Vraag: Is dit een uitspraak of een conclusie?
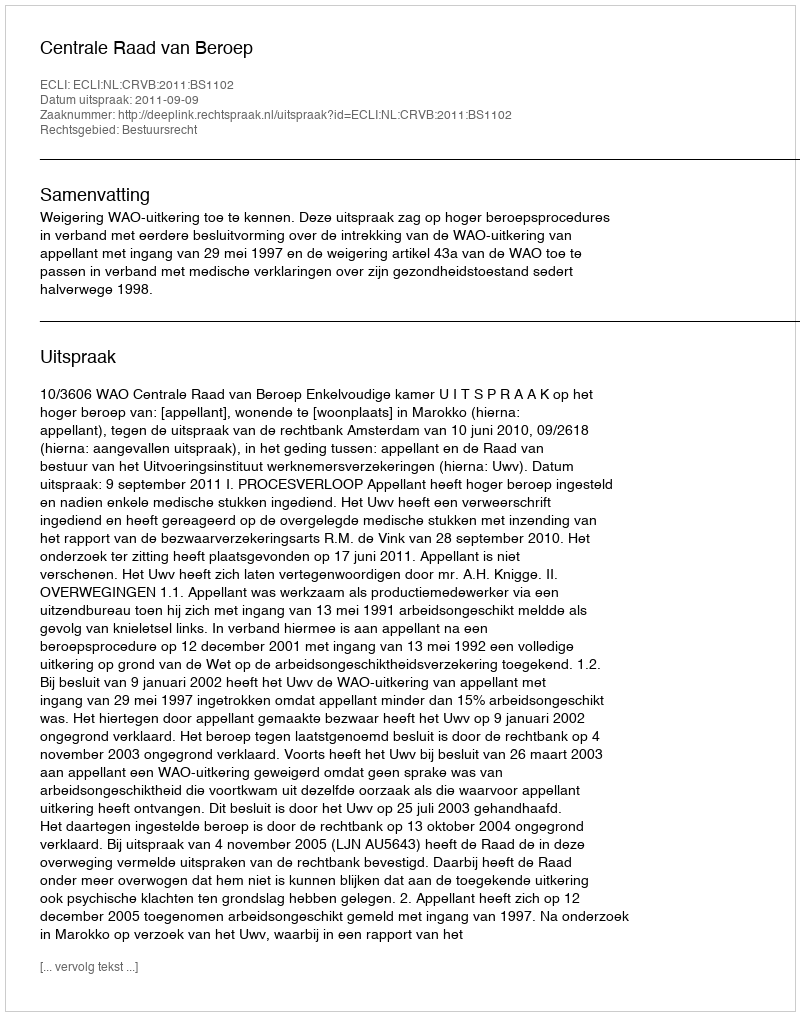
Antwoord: Uitspraak